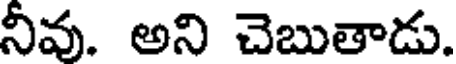
నీవు. అని చెబుతాడు.